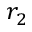
r _ { 2 }